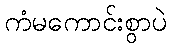
ကံမကောင်းစွာပဲ